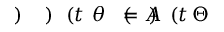
\! \! \! \! \! \! \! \! \! \! \! \Theta \! \! \! \! \! \! \! \! \! \! \! \! ( t \! \! \! \! \! \! \! \! \! \! \! \! ) \! \! \! \! \! \! \! \! \! \! \! \! = A \! \! \! \! \! \! \! \! \! \! \! \! ( \! \! \! \! \! \! \! \! \! \! \! \! \theta \! \! \! \! \! \! \! \! \! \! \! \! ( t \! \! \! \! \! \! \! \! \! \! \! \! ) \! \! \! \! \! \! \! \! \! \! \! \! ) \! \! \! \! \! \! \! \! \! \! \!